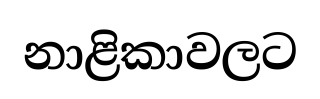
නාළිකාවලට